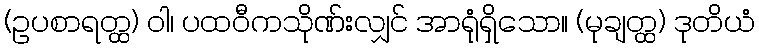
(ဥပစာရတ္ထ) ဝါ၊ ပထဝီကသိုဏ်းလျှင် အာရုံရှိသော။ (မုချတ္ထ) ဒုတိယံ